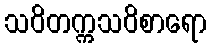
သဝိတက္ကသဝိစာရော